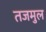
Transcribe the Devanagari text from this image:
तजमुल